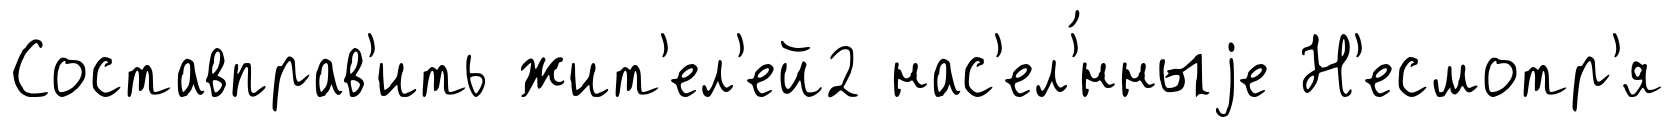
Составправ'ить жит'ел'ей2 нас'ел'́нныjе Н'есмотр'я